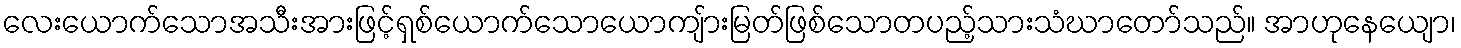
လေးယောက်သောအသီးအားဖြင့်ရှစ်ယောက်သောယောကျ်ားမြတ်ဖြစ်သောတပည့်သားသံဃာတော်သည်။ အာဟုနေယျော၊